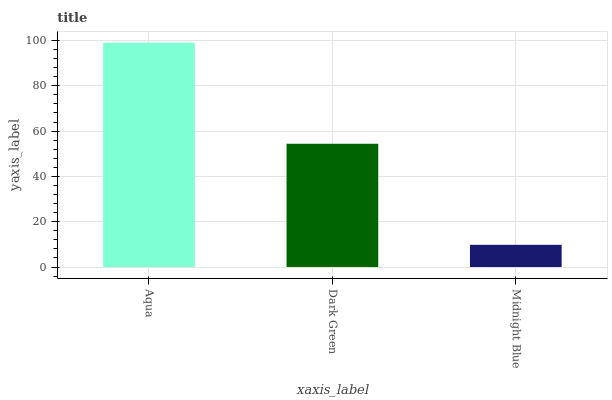
| xaxis_label | bars |
 | --- | --- |
 | Aqua | 99 |
 | Dark Green | 54.4 |
 | Midnight Blue | 9.82 |